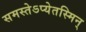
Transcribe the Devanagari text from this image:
समस्तेऽप्येतस्मिन्